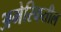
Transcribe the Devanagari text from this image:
अमेरिकतील